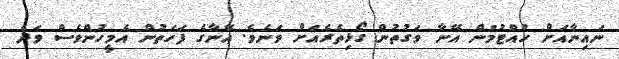
ނައިނާއަށް ހުއްޓުމުން އޭނާ ވަގުތުން ގޯޅިތެރެއަށް ވަނެވެ. އޭނާގެ ފަހަތުން އެމީހުންވެސް ވަދެ